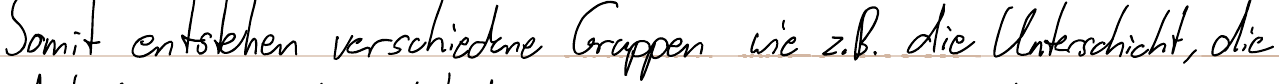
Somit entstehen verschiedene Gruppen wie z.B. die Unterschicht, die